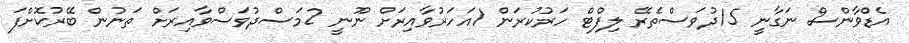
އެޑްވާންސް ނަގާނީ 15ދުވަސްތެރޭ ލިފްޓް ހަރުކުރަން 1އަހަރުވާއިރަށް ނޫނީ 2މަސްދުވަސްވާއިރަށް ތަނުން ބޭރުކޮށްފަ